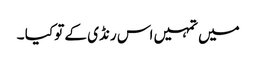
میں تمہیں اس رنڈی کے تو کیا ۔